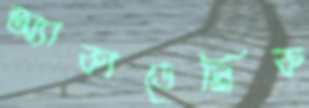
অ্যাকাডেমিক